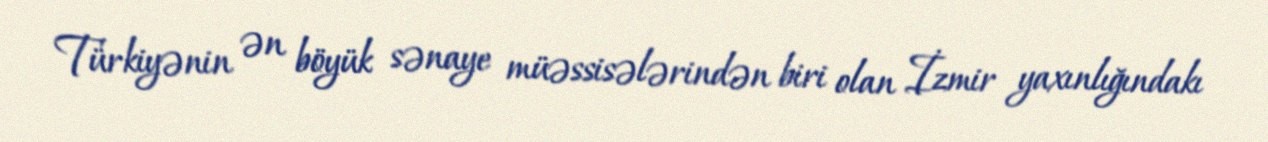
Türkiyənin ən böyük sənaye müəssisələrindən biri olan İzmir yaxınlığındakı